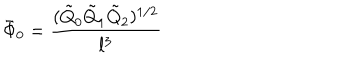
\bar { \Phi } _ { 0 } = \frac { ( \tilde { Q } _ { 0 } \tilde { Q } _ { 1 } \tilde { Q } _ { 2 } ) ^ { 1 / 2 } } { l ^ { 3 } }